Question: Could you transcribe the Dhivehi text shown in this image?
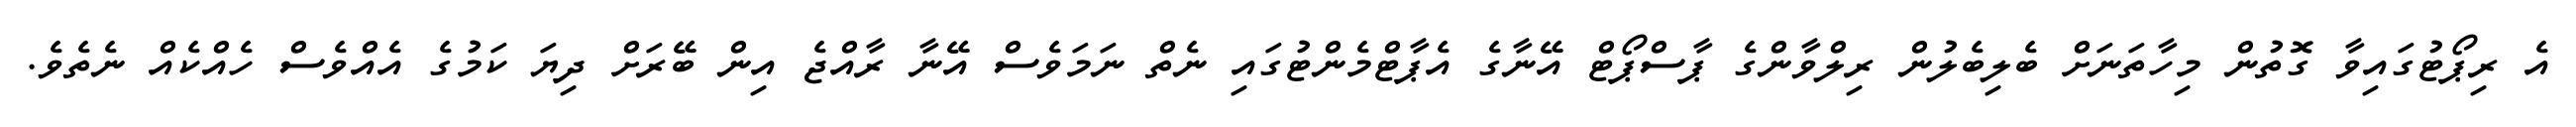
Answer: އެ ރިޕޯޓުގައިވާ ގޮތުން މިހާތަނަށް ބެލިބެލުން ރިލްވާންގެ ޕާސްޕޯޓް އޭނާގެ އެޕާޓްމެންޓުގައި ނެތް ނަމަވެސް އޭނާ ރާއްޖެ އިން ބޭރަށް ދިޔަ ކަމުގެ އެއްވެސް ހެއްކެއް ނެތެވެ.